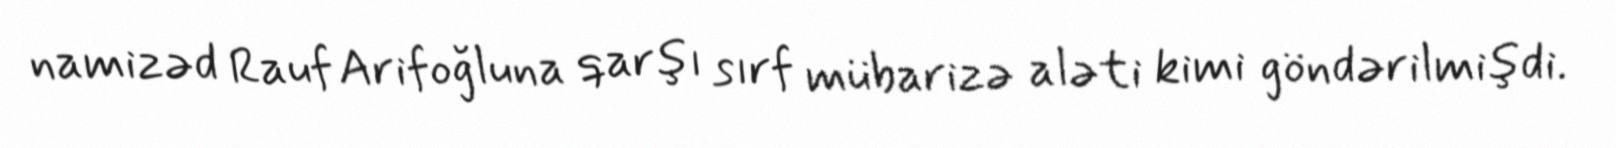
namizəd Rauf Arifoğluna qarşı sırf mübarizə aləti kimi göndərilmişdi.